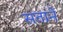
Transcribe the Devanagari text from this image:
सतानें